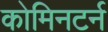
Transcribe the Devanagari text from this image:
कोमिनटर्न